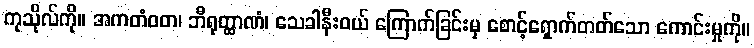
ကုသိုလ်ကို။ အကတံဝတ၊ ဘီရုတ္ထာဏံ၊ သေခါနီးဝယ် ကြောက်ခြင်းမှ စောင့်ရှောက်တတ်သော ကောင်းမှုကို။